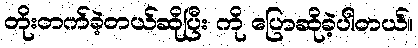
တိုးတက်ခဲ့တယ်ဆိုပြီး ကို ပြောဆိုခဲ့ပါတယ်။